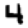
Digit: 4